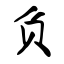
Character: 负